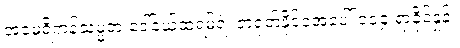
အမေရိကန်သမ္မတ ဒေါ်နယ်ထရမ့်ရဲ့ တရုတ်နိုင်ငံအပေါ် ၁၀၄ ရာခိုင်နှုန်း